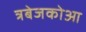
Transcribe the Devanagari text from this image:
त्रबेजकोआ